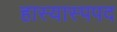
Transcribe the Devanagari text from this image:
हास्यास्पपद